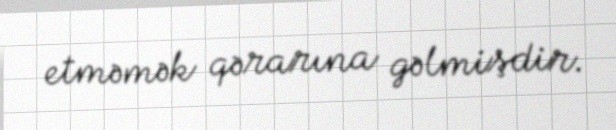
etməmək qərarına gəlmişdir.